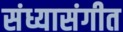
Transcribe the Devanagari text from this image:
संध्यासंगीत